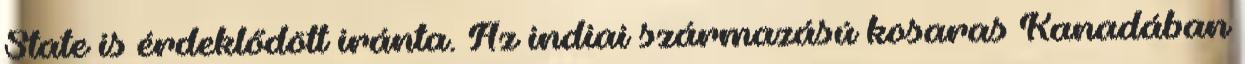
State is érdeklődött iránta. Az indiai származású kosaras Kanadában